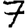
Digit: 7